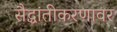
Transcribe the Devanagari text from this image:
सैद्धांतीकरणावर